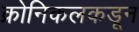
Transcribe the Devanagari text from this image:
क्रोनिकलकडून